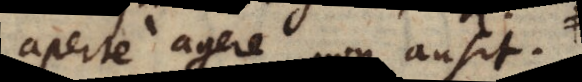
aperte agere non ausit,